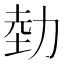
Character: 勎